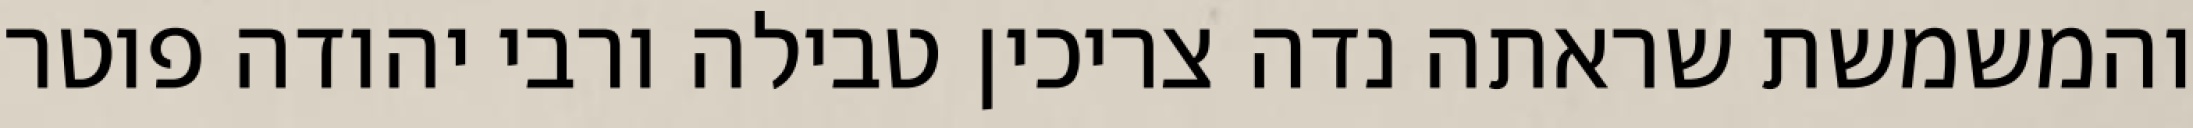
והמשמשת שראתה נדה צריכין טבילה ורבי יהודה פוטר